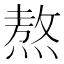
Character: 熬